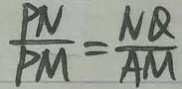
\frac { P N } { P M } = \frac { N Q } { A M }